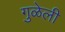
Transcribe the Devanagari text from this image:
गुळेली